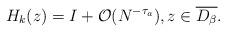
LaTeX: \begin{align*}H_k(z)=I+{\cal O}(N^{-\tau_a}),z\in\overline{D_\beta}.\end{align*}